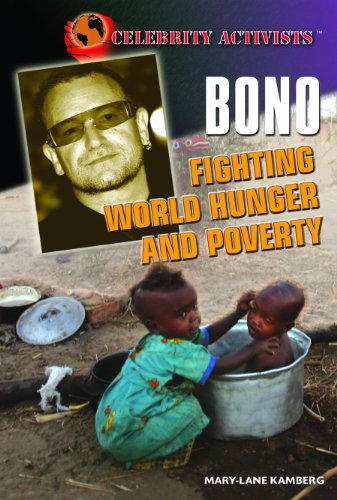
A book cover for Bono: Fighting World Hunger and Poverty (Celebrity Activists); Mary-Lane Kamberg; Teen & Young Adult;